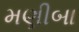
મણીબા